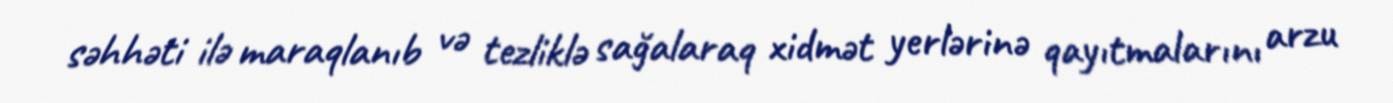
səhhəti ilə maraqlanıb və tezliklə sağalaraq xidmət yerlərinə qayıtmalarını arzu